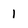
Character: 1